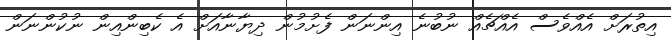
އިތުރަށް އެއްވެސް އެއްޗެއް ނުބުނެ އިންނަން ފެށުމުން ދިޔާނާއަށް އެ ކެބިންއިން ނުކުންނަން